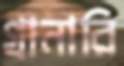
গ্রানারি